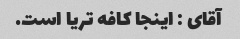
آقای : اینجا کافه تریا است.